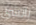
بانشي